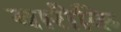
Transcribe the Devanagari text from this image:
बारीकि